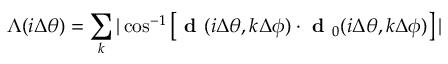
\Lambda ( i \Delta \theta ) = \sum _ { k } | \cos ^ { - 1 } \left[ \textbf { d } ( i \Delta \theta , k \Delta \phi ) \cdot \textbf { d } _ { 0 } ( i \Delta \theta , k \Delta \phi ) \right] |